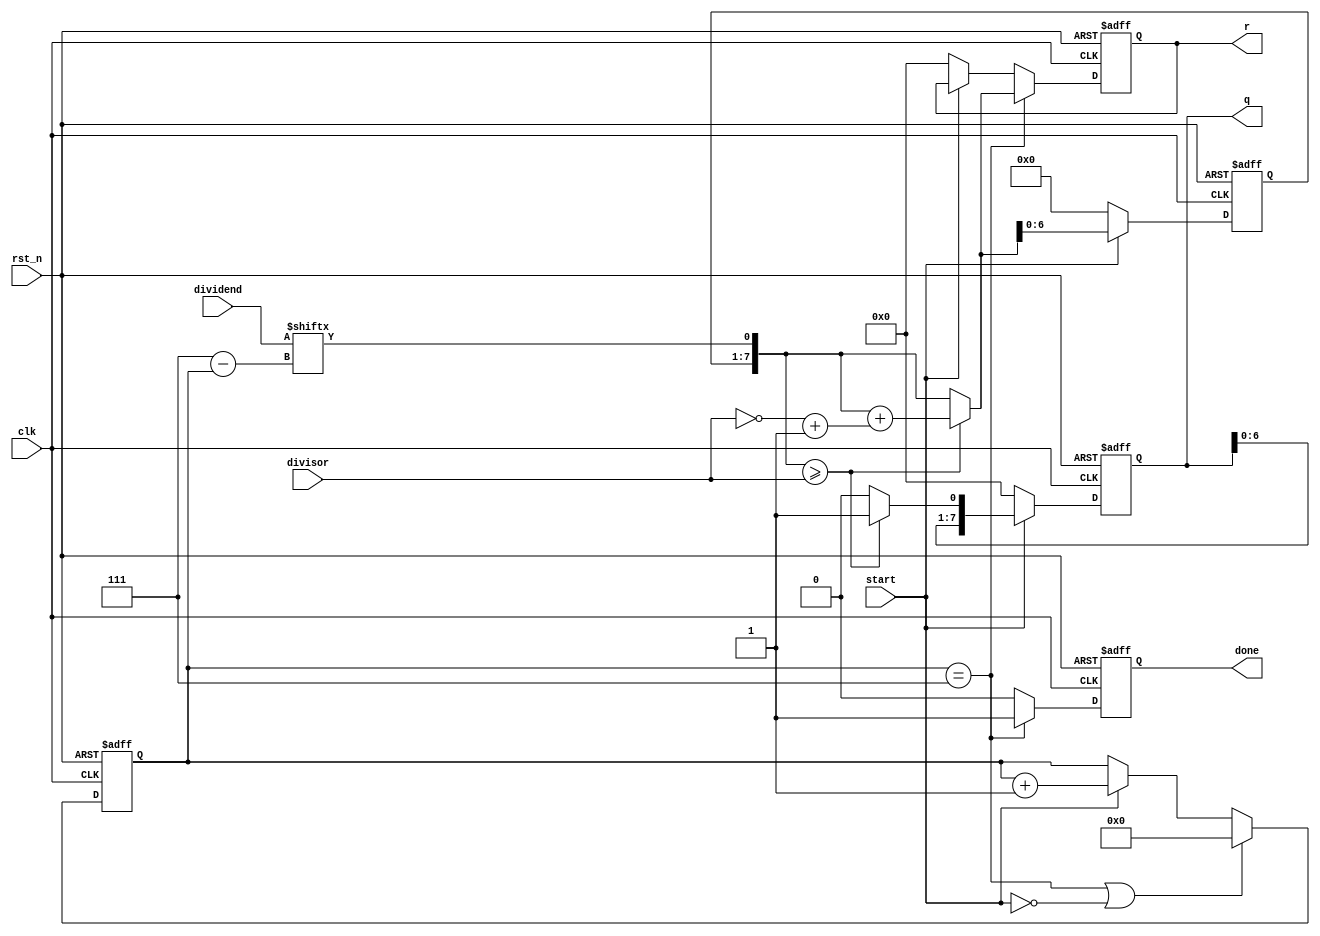
module divider_module #(
    parameter WIDTH = 8
)(
    clk,
    rst_n,
    start,
    dividend,
    divisor,
    done,
    q, // asine_temp
    r
);

//-----------------------------------------------------------
// Input/Output
//-----------------------------------------------------------
input  clk;
input  rst_n;
input  start;
input  [WIDTH-1:0] dividend;
input  [WIDTH-1:0] divisor;
output reg done;
output reg [WIDTH-1:0] q;
output reg [WIDTH-1:0] r;

//-----------------------------------------------------------
// Reg/Wire
//-----------------------------------------------------------
reg [32:0] cnt;
reg [WIDTH-1:0] compareDividend;
wire [WIDTH-1:0] shiftedDividend;
wire [WIDTH-1:0] minus_divisor;
wire [WIDTH-1:0] adder_out;
wire doneFlag;

//wire doneFlag;
assign doneFlag = (cnt == WIDTH-1);

//wire [7:0] shiftedDividend;
assign shiftedDividend = {compareDividend[WIDTH-2:0],dividend[(WIDTH-1)-cnt]};

//wire [7:0] minus_divisor;
assign minus_divisor = (~divisor) + 1'b1;

//wire [7:0] adder_out;
assign adder_out = shiftedDividend + minus_divisor;

//reg [3:0] cnt;
always @(posedge clk or negedge rst_n) begin
    if(~rst_n) begin
        cnt <= 0;
    end else if(doneFlag || !start) begin
        cnt <= 0;
    end else if(start) begin
        cnt <= cnt + 1;
    end 
end

//reg [7:0] compareDividend;
always @(posedge clk or negedge rst_n) begin
    if(~rst_n) begin
        compareDividend <= {WIDTH{1'b0}};
    end else if(start) begin
        if(shiftedDividend >= divisor) begin
            compareDividend <= adder_out;
        end else begin
            compareDividend <= shiftedDividend;
        end
    end else begin
        compareDividend <= {WIDTH{1'b0}};
    end
end

//output [7:0] q;
always @(posedge clk or negedge rst_n) begin
    if(~rst_n) begin
        q <= {WIDTH{1'b0}};
    end else if(start) begin
        if(shiftedDividend >= divisor) begin
            q <= {q[WIDTH-1:0],1'b1};
        end else begin
            q <= {q[WIDTH-1:0],1'b0};
        end 
    end else begin
        q <= {WIDTH{1'b0}};
    end 
end

//output reg done;
always @(posedge clk or negedge rst_n) begin
    if(~rst_n) begin
        done <= 1'b0;
    end else if(doneFlag)begin
        done <= 1'b1;
    end else begin
        done <= 1'b0;
    end
end

//output [7:0] r;
always @(posedge clk or negedge rst_n) begin
    if(~rst_n) begin
        r <= {WIDTH{1'b0}};
    end else if(doneFlag) begin
        if(shiftedDividend >= divisor) begin
            r <= adder_out;
        end else begin
            r <= shiftedDividend;
        end
    end else if(!start) begin
        r <= {WIDTH{1'b0}};
    end 
end

endmodule